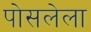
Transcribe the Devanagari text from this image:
पोसलेला